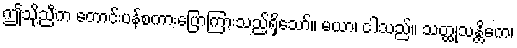
ဤသို့ညီက တောင်းပန်စကားပြောကြားသည်ရှိသော်။ မယာ၊ ငါသည်။ သတ္ထုသန္တိကေ၊